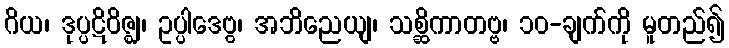
ဂိယ၊ ဒုပ္ပဋိဝိဇ္ဈ၊ ဥပ္ပါဒေဗွ၊ အဘိညေယျ၊ သစ္ဆိကာတဗ္ဗ၊ ၁၀-ချက်ကို မူတည်၍